Statistical return of the lunatic asylum in Assam - 1912-1932
Year: 1912
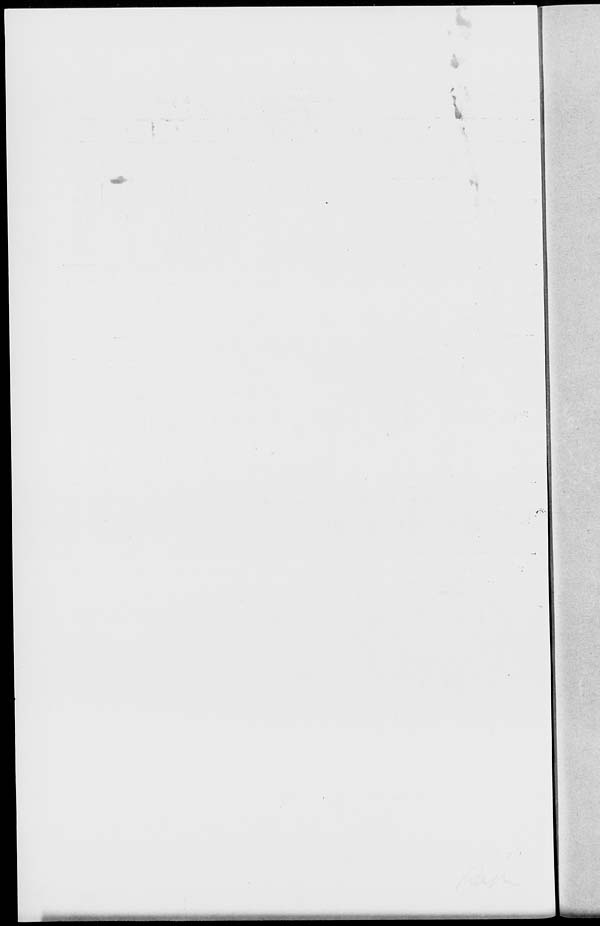
r
V
«••